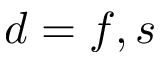
d = f , s